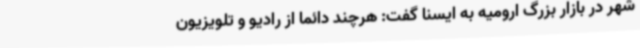
شهر در بازار بزرگ ارومیه به ایسنا گفت: هرچند دائما از رادیو و تلویزیون